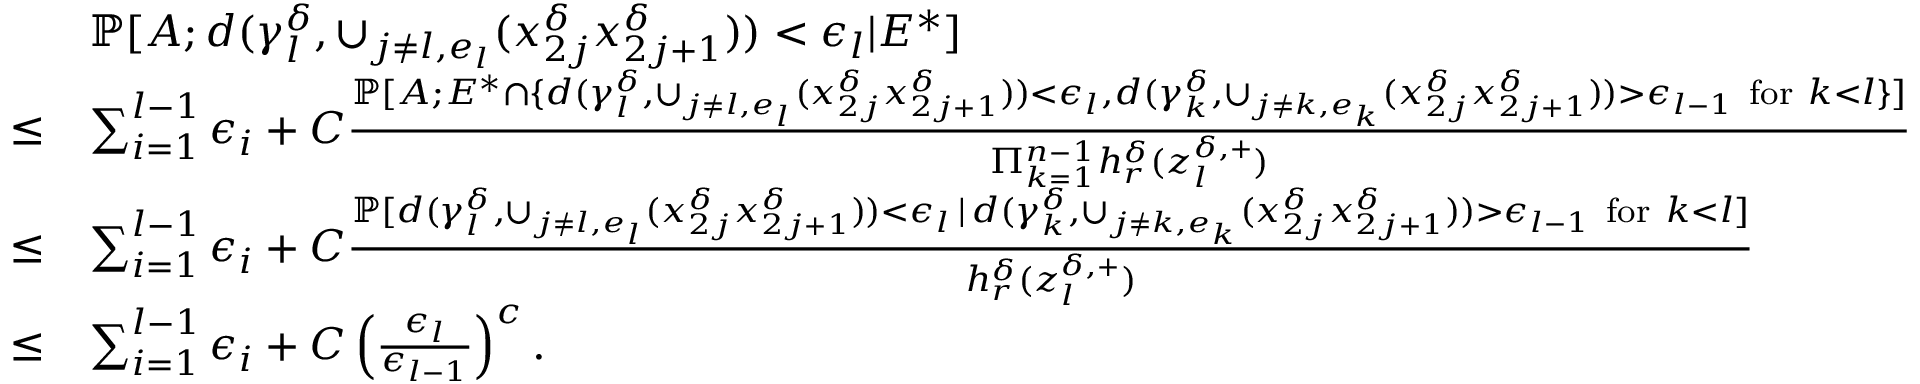
\begin{array} { r l } & { \mathbb { P } [ A ; d ( \gamma _ { l } ^ { \delta } , \cup _ { j \neq l , e _ { l } } ( x _ { 2 j } ^ { \delta } x _ { 2 j + 1 } ^ { \delta } ) ) < \epsilon _ { l } | E ^ { * } ] } \\ { \le } & { \sum _ { i = 1 } ^ { l - 1 } \epsilon _ { i } + C \frac { \mathbb { P } [ A ; E ^ { * } \cap \{ d ( \gamma _ { l } ^ { \delta } , \cup _ { j \neq l , e _ { l } } ( x _ { 2 j } ^ { \delta } x _ { 2 j + 1 } ^ { \delta } ) ) < \epsilon _ { l } , d ( \gamma _ { k } ^ { \delta } , \cup _ { j \neq k , e _ { k } } ( x _ { 2 j } ^ { \delta } x _ { 2 j + 1 } ^ { \delta } ) ) > \epsilon _ { l - 1 } \mathrm { ~ f o r ~ } k < l \} ] } { \Pi _ { k = 1 } ^ { n - 1 } h _ { r } ^ { \delta } ( z _ { l } ^ { \delta , + } ) } } \\ { \le } & { \sum _ { i = 1 } ^ { l - 1 } \epsilon _ { i } + C \frac { \mathbb { P } [ d ( \gamma _ { l } ^ { \delta } , \cup _ { j \neq l , e _ { l } } ( x _ { 2 j } ^ { \delta } x _ { 2 j + 1 } ^ { \delta } ) ) < \epsilon _ { l } \, | \, d ( \gamma _ { k } ^ { \delta } , \cup _ { j \neq k , e _ { k } } ( x _ { 2 j } ^ { \delta } x _ { 2 j + 1 } ^ { \delta } ) ) > \epsilon _ { l - 1 } \mathrm { ~ f o r ~ } k < l ] } { h _ { r } ^ { \delta } ( z _ { l } ^ { \delta , + } ) } } \\ { \le } & { \sum _ { i = 1 } ^ { l - 1 } \epsilon _ { i } + C \left( \frac { \epsilon _ { l } } { \epsilon _ { l - 1 } } \right) ^ { c } . } \end{array}